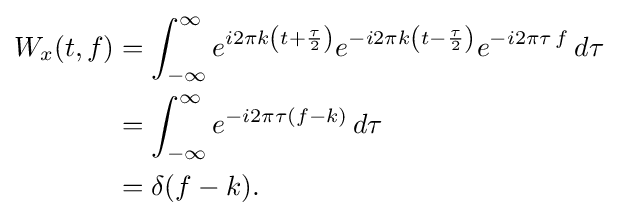
{\begin{aligned}W_{x}(t,f)&=\int _{-\infty }^{\infty }e^{i2\pi k\left(t+{\frac {\tau }{2}}\right)}e^{-i2\pi k\left(t-{\frac {\tau }{2}}\right)}e^{-i2\pi \tau \,f}\,d\tau \\&=\int _{-\infty }^{\infty }e^{-i2\pi \tau \left(f-k\right)}\,d\tau \\&=\delta (f-k).\end{aligned}}